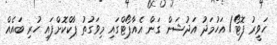
ހަވީރު ފޮޓޯ/ އަހުމަދު އަދުޝަން ގަން އެއާޕޯޓްގައި މިވަގުތު ޕާކްކޮށްފައި ހުރި ބައެއް